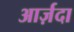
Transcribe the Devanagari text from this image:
आर्ज़दा